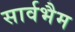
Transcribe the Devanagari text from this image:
सार्वभैम